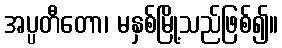
အပ္ပတီတော၊ မနှစ်မြို့သည်ဖြစ်၍။